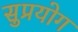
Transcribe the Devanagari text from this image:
सुप्रयोग